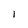
Character: 1